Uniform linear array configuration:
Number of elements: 12
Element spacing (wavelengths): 0.5
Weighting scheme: cosine
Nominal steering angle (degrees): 0
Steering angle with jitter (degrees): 0.3961
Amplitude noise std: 0.05
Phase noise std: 0.05

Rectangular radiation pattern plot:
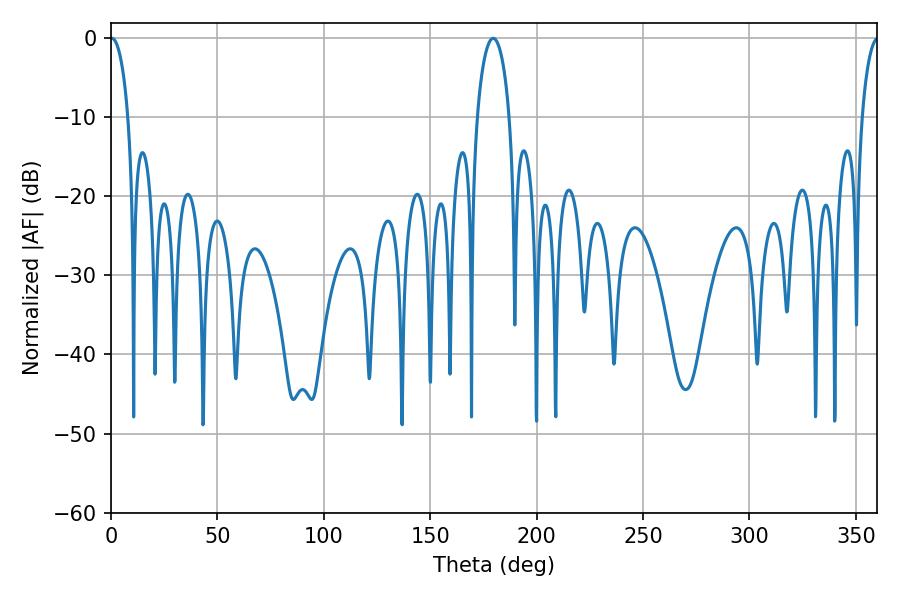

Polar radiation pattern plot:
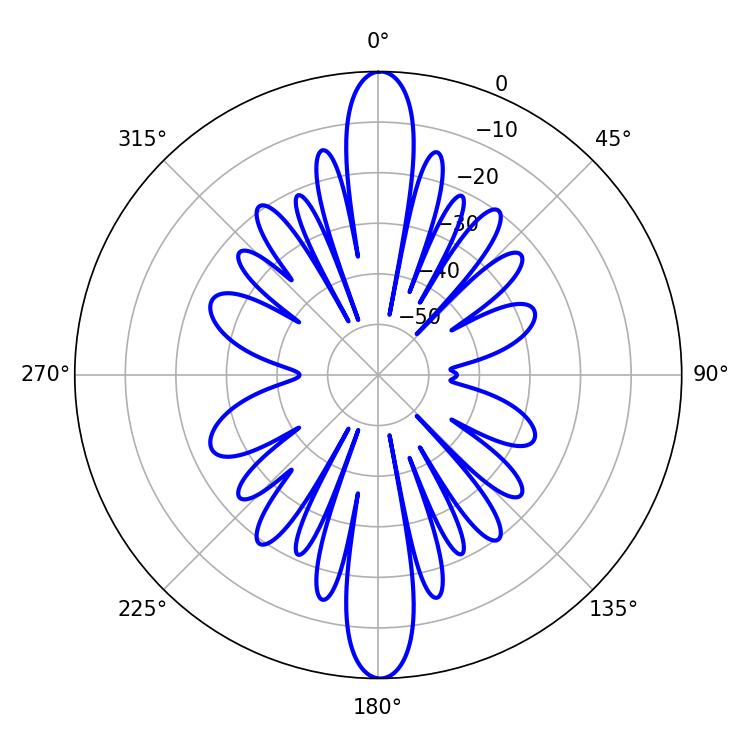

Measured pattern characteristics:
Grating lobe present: FALSE
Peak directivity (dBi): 31.413
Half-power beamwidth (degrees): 4.68
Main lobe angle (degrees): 0.36